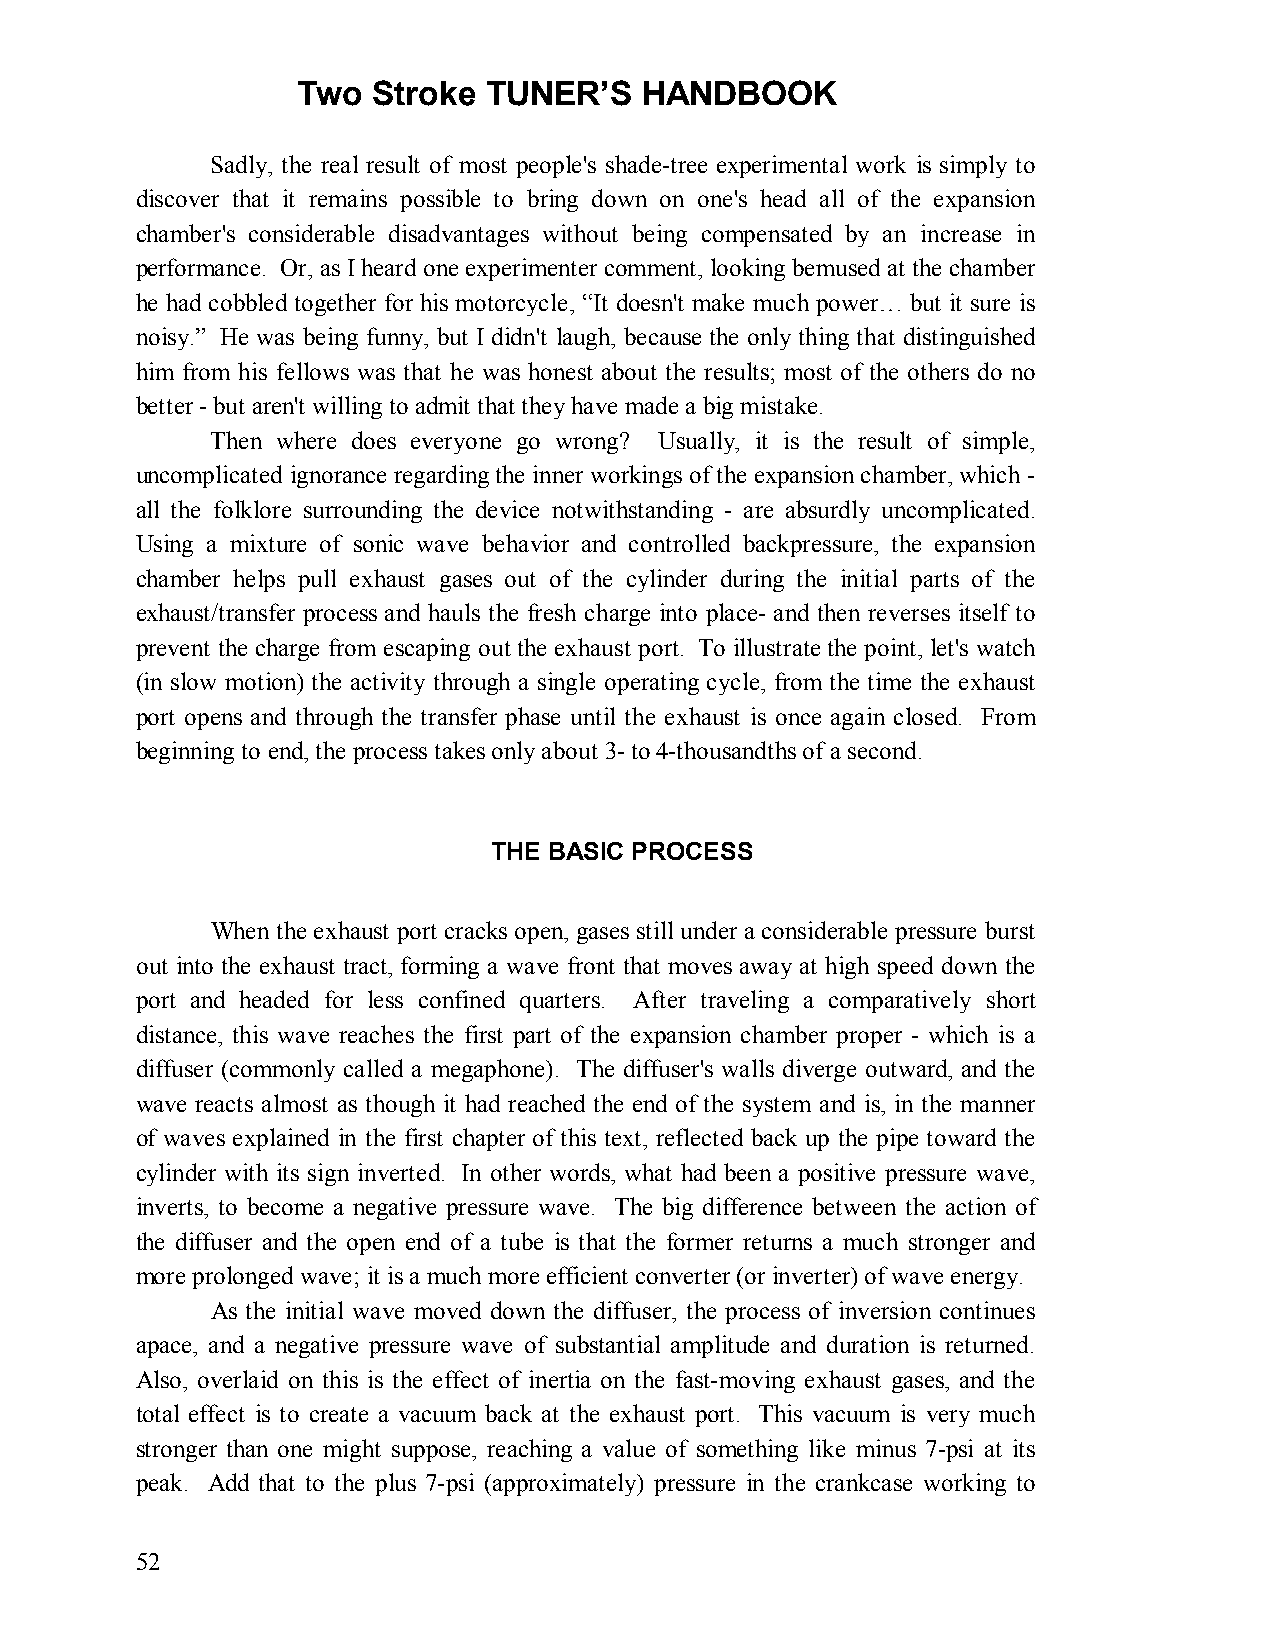
Two  Stroke TUNER’S   HANDBOOK
 Sadly, the real result of most people's shade-tree experimental work is simply to
 discover that it remains possible to bring down on one's head all of the expansion
 chamber's considerable disadvantages without being compensated by an increase in
 performance. Or, as I heard one experimenter comment, looking bemused at the chamber
 he had cobbled together for his motorcycle, “It doesn't make much power… but it sure is
 noisy.” He was being funny, but I didn't laugh, because the only thing that distinguished
 him from his fellows was that he was honest about the results; most of the others do no
 better - but aren't willing to admit that they have made a big mistake.
 Then where does everyone go wrong? Usually, it is the result of simple,
 uncomplicated ignorance regarding the inner workings of the expansion chamber, which -
 all the folklore surrounding the device notwithstanding - are absurdly uncomplicated.
 Using a mixture of sonic wave behavior and controlled backpressure, the expansion
 chamber helps pull exhaust gases out of the cylinder during the initial parts of the
 exhaust/transfer process and hauls the fresh charge into place- and then reverses itself to
 prevent the charge from escaping out the exhaust port. To illustrate the point, let's watch
 (in slow motion) the activity through a single operating cycle, from the time the exhaust
 port opens and through the transfer phase until the exhaust is once again closed. From
 beginning to end, the process takes only about 3- to 4-thousandths of a second.
 THE BASIC PROCESS
 When the exhaust port cracks open, gases still under a considerable pressure burst
 out into the exhaust tract, forming a wave front that moves away at high speed down the
 port and headed for less confined quarters. After traveling a comparatively short
 distance, this wave reaches the first part of the expansion chamber proper - which is a
 diffuser (commonly called a megaphone). The diffuser's walls diverge outward, and the
 wave reacts almost as though it had reached the end of the system and is, in the manner
 of waves explained in the first chapter of this text, reflected back up the pipe toward the
 cylinder with its sign inverted. In other words, what had been a positive pressure wave,
 inverts, to become a negative pressure wave. The big difference between the action of
 the diffuser and the open end of a tube is that the former returns a much stronger and
 more prolonged wave; it is a much more efficient converter (or inverter) of wave energy.
 As the initial wave moved down the diffuser, the process of inversion continues
 apace, and a negative pressure wave of substantial amplitude and duration is returned.
 Also, overlaid on this is the effect of inertia on the fast-moving exhaust gases, and the
 total effect is to create a vacuum back at the exhaust port. This vacuum is very much
 stronger than one might suppose, reaching a value of something like minus 7-psi at its
 peak. Add that to the plus 7-psi (approximately) pressure in the crankcase working to
 52